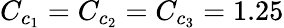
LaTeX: C_{c_{1}}=C_{c_{2}}=C_{c_{3}}=1.25